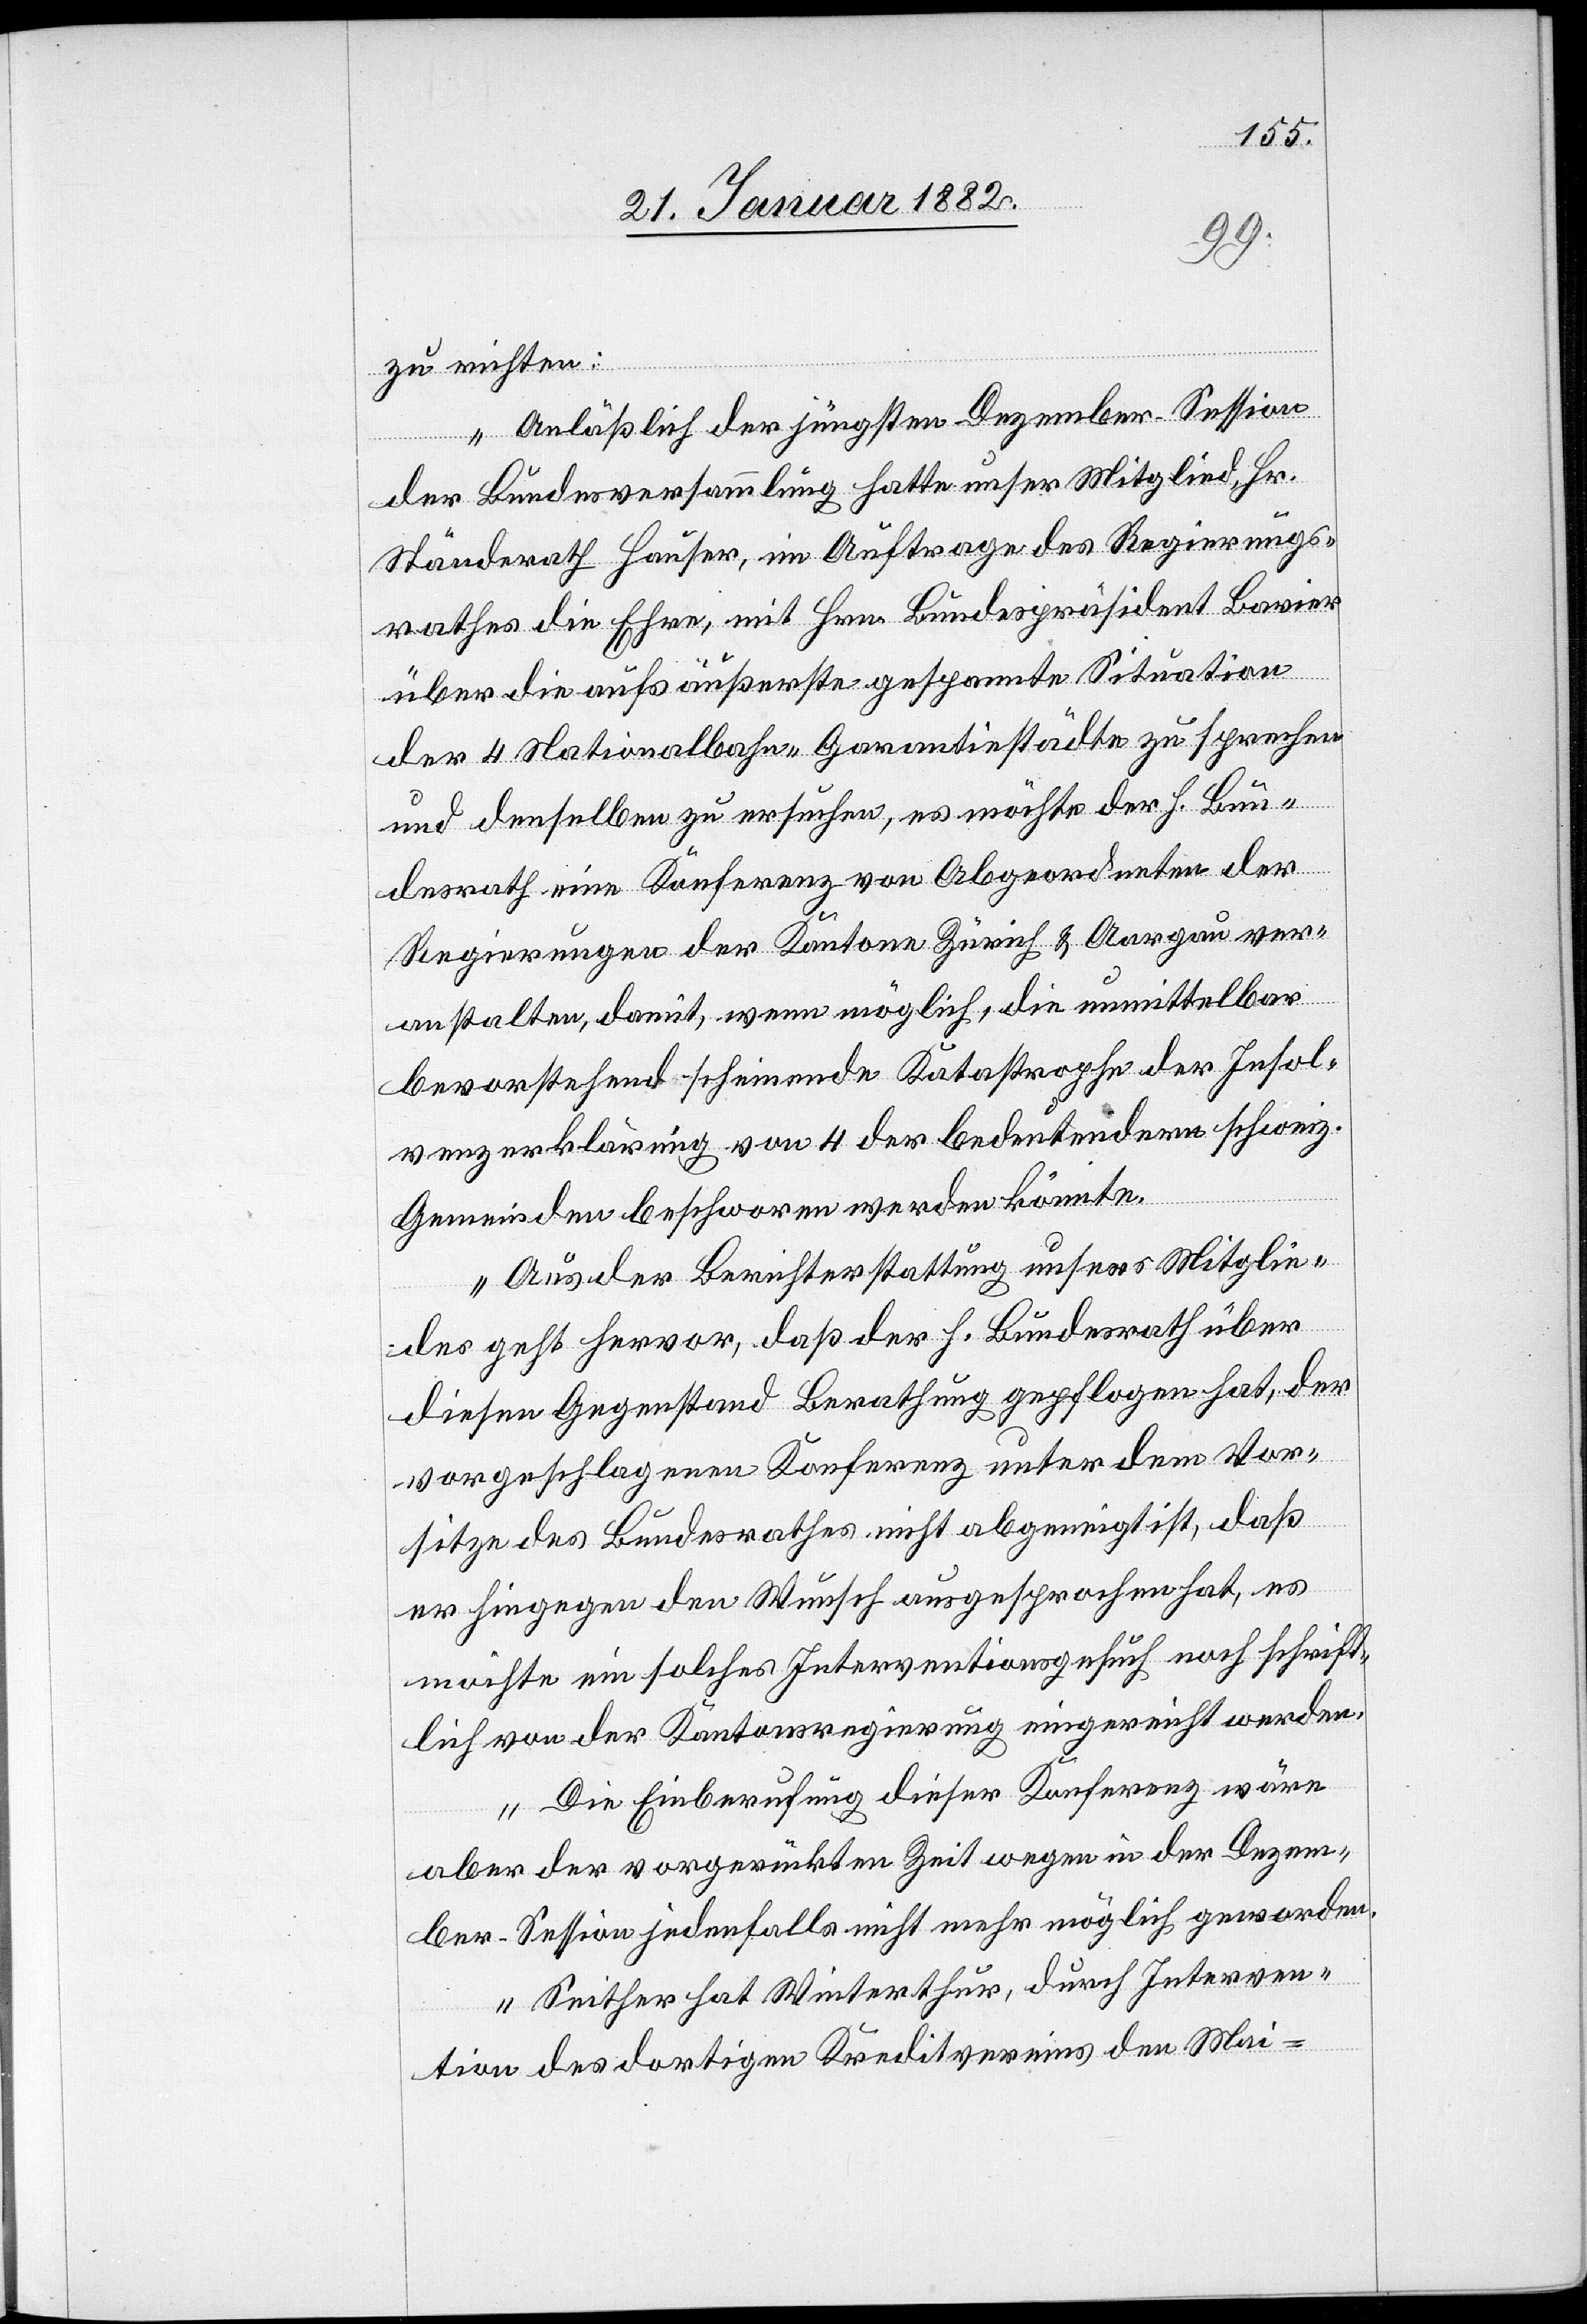
zu richten:
„Anläßlich der jüngsten Dezember-Session
der Bundesversammlung hatte unser Mitglied Hr.
Ständerath Hauser, im Auftrage des Regierungs¬
rathes die Ehre, mit Hrn. Bundespräsident Bavier
über die aufs äußerste gespannte Situation
der 4 Nationalbahn-Garantiestädte zu sprechen
und denselben zu ersuchen, es möchte der h. Bun¬
desrath eine Konferenz von Angeordneten der
Regierungen der Kantone Zürich & Aargau ver¬
anstalten, damit, wenn möglich, die unmittelbar
bevorstehend scheinende Katastrophe der Insol¬
venzerklärung von 4 der bedeutenden schweiz.
Gemeinden beschworen werden könnte.
Aus der Berichtserstattung unseres Mitglie¬
des geht hervor, daß der h. Bundesrath über
diesen Gegenstand Berathung gepflogen hat, der
vorgeschlagenen Konferenz unter dem Vor¬
sitze des Bundesrathes nicht abgeneigt ist, daß
er hingegen den Wunsch ausgesprochen hat, es
möchte ein solches Interventionsgesuch noch schrift¬
lich von der Kantonsregierung eingereicht werden.
Die Einberufung dieser Konferenz wäre
aber der vorgerückten Zeit wegen in der Dezem¬
ber-Session jedenfalls nicht mehr möglich geworden.
Seither hat Winterthur, durch Interven¬
tion des dortigen Kreditvereins den Mai-